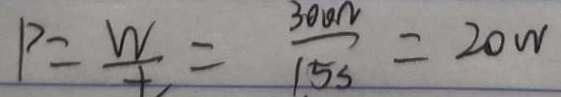
P = \frac { W } { t } = \frac { 3 0 0 \Omega } { 1 5 s } = 2 0 w